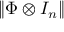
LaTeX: \| \Phi \otimes I _ { n } \|